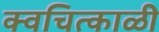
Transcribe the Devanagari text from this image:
क्वचित्काळी